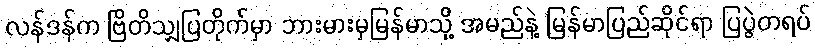
လန်ဒန်က ဗြိတိသျှပြတိုက်မှာ ဘားမားမှမြန်မာသို့ အမည်နဲ့ မြန်မာပြည်ဆိုင်ရာ ပြပွဲတရပ်